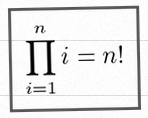
\prod_{i=1}^{n}i=n!